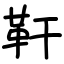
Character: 靬